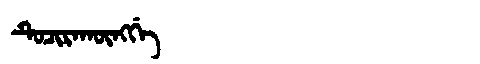
Manchu: ᡨᡠᠴᡳᡵᠠᡴᡡᠩᡤᡝ
Romanization: TUCIRAKŪNGGE